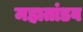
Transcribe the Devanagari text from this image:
महातांडव